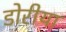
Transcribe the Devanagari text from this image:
डोरीया